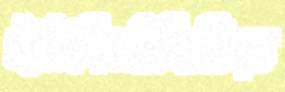
ইউনির্ভাসিটিতে